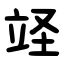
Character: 䇈